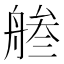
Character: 𦩓